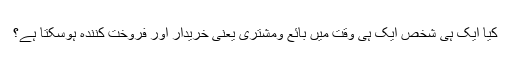
کیا ایک ہی شخص ایک ہی وقت میں بائع ومشتری یعنی خریدار اور فروخت کنندہ ہوسکتا ہے؟